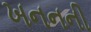
ખનનની